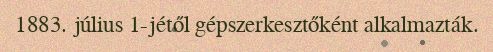
1883. július 1-jétől gépszerkesztőként alkalmazták.